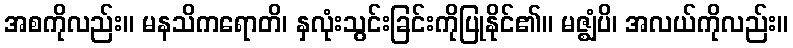
အစကိုလည်း။ မနသိကရောတိ၊ နှလုံးသွင်းခြင်းကိုပြုနိုင်၏။ မဇ္ဈံပိ၊ အလယ်ကိုလည်း။